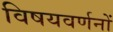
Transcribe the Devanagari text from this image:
विषयवर्णनों